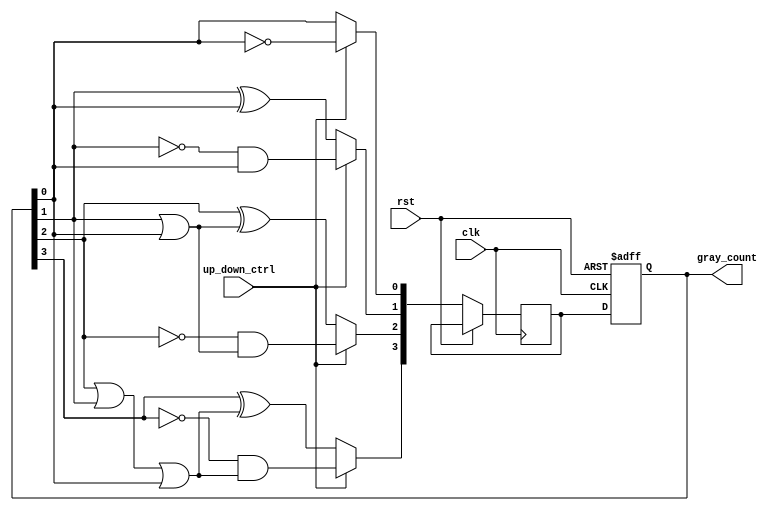
module up_down_gray_counter (
    input wire clk,
    input wire rst,
    input wire up_down_ctrl,
    output reg [3:0] gray_count
);

reg [3:0] next_gray_count;

always @(posedge clk or posedge rst) begin
    if (rst) begin
        gray_count <= 4'b0000;
    end else begin
        if (up_down_ctrl) begin
            next_gray_count[0] <= ~gray_count[0];
            next_gray_count[1] <= ~gray_count[1] & gray_count[0];
            next_gray_count[2] <= ~gray_count[2] & (gray_count[1] | gray_count[0]);
            next_gray_count[3] <= ~gray_count[3] & (gray_count[2] | gray_count[1] | gray_count[0]);
        end else begin
            next_gray_count[0] <= gray_count[0];
            next_gray_count[1] <= gray_count[1] ^ gray_count[0];
            next_gray_count[2] <= gray_count[2] ^ (gray_count[1] | gray_count[0]);
            next_gray_count[3] <= gray_count[3] ^ (gray_count[2] | gray_count[1] | gray_count[0]);
        end
        gray_count <= next_gray_count;
    end
end

endmodule